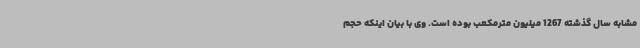
مشابه سال گذشته 1267 میلیون مترمکعب بوده است. وی با بیان اینکه حجم